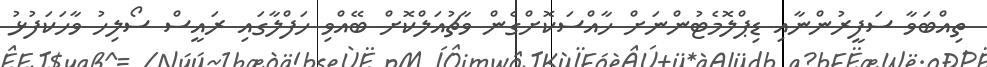
ތިއްބަވާ ސަފީރުންނާއި ޑިޕްލޮމެޓުންނަށް ހާއްސަކޮށްގެން ވާޗުއަލްކޮށް ބޭއްވި ހަފްލާގައި ރައީސް ސޯލިހު ވާހަކަފުޅު